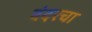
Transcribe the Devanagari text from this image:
बंदरचा